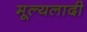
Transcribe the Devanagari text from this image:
मूल्यलादी